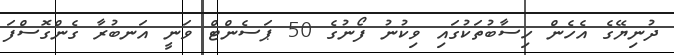
ދުނިޔޭގެ އެހެން ހިސާބުތަކުގައި ވިކުނު ފޯނުގެ 50 ޕަސެންޓް ވަނީ އަނބުރާ ގެންގޮސްފަ